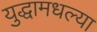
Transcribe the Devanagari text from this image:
युद्धामधल्या